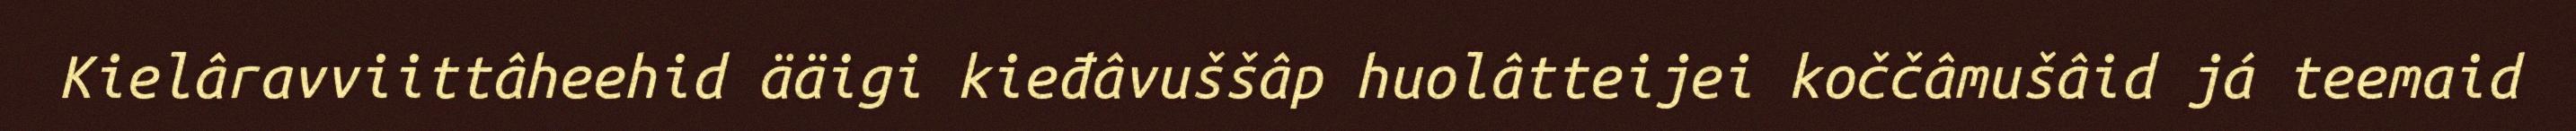
Kielâravviittâheehid ääigi kieđâvuššâp huolâtteijei koččâmušâid já teemaid